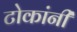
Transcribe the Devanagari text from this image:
टोकांनी